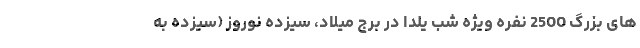
های بزرگ 2500 نفره ویژه شب یلدا در برج میلاد، سیزده نوروز (سیزده به